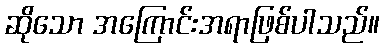
ဆိုသော အကြောင်းအရာဖြစ်ပါသည်။